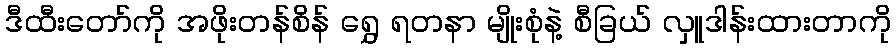
ဒီထီးတော်ကို အဖိုးတန်စိန် ရွှေ ရတနာ မျိုးစုံနဲ့ စီခြယ် လှူဒါန်းထားတာကို